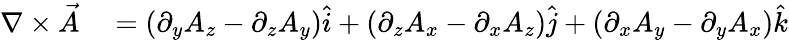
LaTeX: \begin{array}{rl}{\nabla\times{\vec{A}}}&{{}=\left(\partial_{y}A_{z}-\partial_{z}A_{y}\right){\hat{i}}+\left(\partial_{z}A_{x}-\partial_{x}A_{z}\right){\hat{j}}+\left(\partial_{x}A_{y}-\partial_{y}A_{x}\right){\hat{k}}}\end{array}